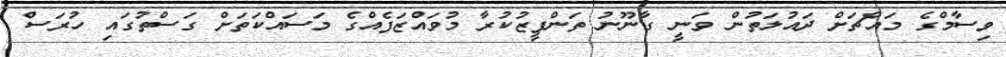
ވިސާމްގެ މައްޗަށް ދައުލަތުން ވަނީ ގާނޫނު ތަންފީޒުކުރާ މުވައްޒަފެއްގެ މަސައްކަތަށް ގަސްތުގައި ހުރަސް